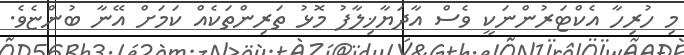
މި ހުރިހާ އެކްޓަރުންނަކީ ވެސް އާދަޔާޚިލާފު މޮޅު ތަރިންތަކެއް ކަމަށް އޭނާ ބުންޏެވެ.